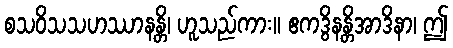
စသဝိသသဟဿာနန္တိ၊ ဟူသည်ကား။ ဧကဒွိနန္တိအာဒိနာ၊ ဤ